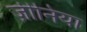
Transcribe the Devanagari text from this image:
ज़ीनिया